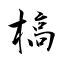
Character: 槁